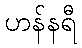
ဟန်နရီ